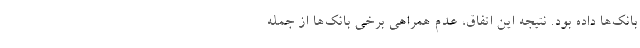
بانک‌ها داده بود. نتیجه این اتفاق، عدم همراهی برخی بانک‌ها از جمله